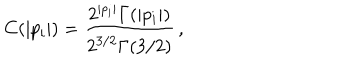
C ( | p _ { i } | ) = \frac { 2 ^ { | p _ { i } | } \Gamma ( | p _ { i } | ) } { 2 ^ { 3 / 2 } \Gamma ( 3 / 2 ) } \, ,